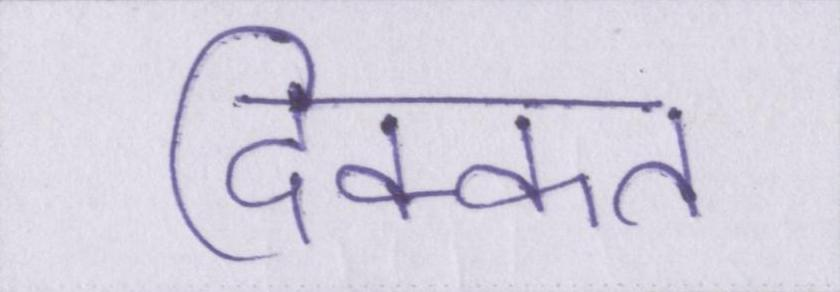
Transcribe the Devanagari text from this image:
दिक्कत